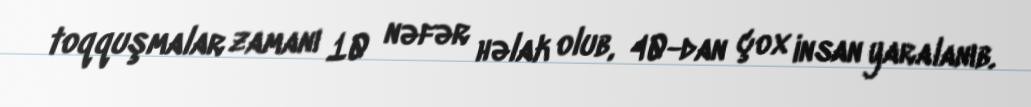
toqquşmalar zamanı 10 nəfər həlak olub, 40-dan çox insan yaralanıb.